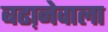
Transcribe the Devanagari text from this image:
बढा़नेवाला